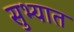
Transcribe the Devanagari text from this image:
सुभ्यात